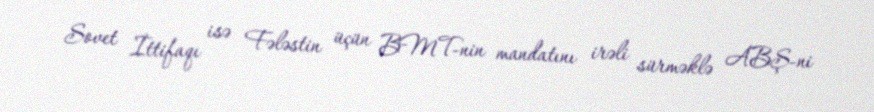
Sovet İttifaqı isə Fələstin üçün BMT-nin mandatını irəli sürməklə ABŞ-ni